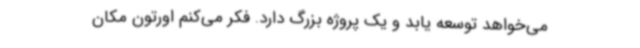
می‌خواهد توسعه یابد و یک پروژه بزرگ دارد. فکر می‌کنم اورتون مکان